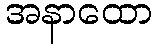
အနာထော